Scottish Certificate of Education, 1963
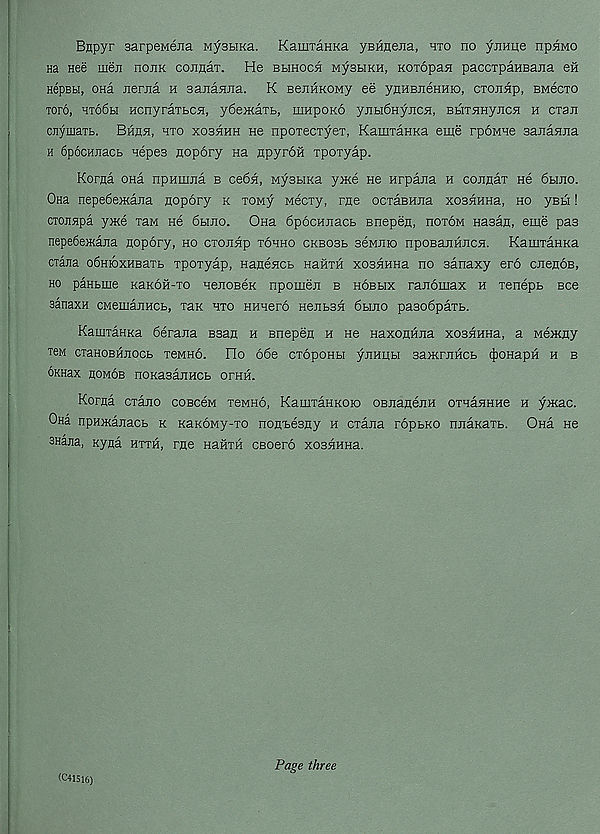
Bnpyr sarpeMena MysbiKa. KamraHKa yBHnejia, hto no yjrane npnMO
Ha nee men hojik connax. He bhhoch wysbiKH, Koxopan paccxpaHBana eft
HepBbi, ona Jierna h sajianna. K BenftKOMy ee ynHBnenmo, cxonftp, BMecxo
tofo, ht66li Hcnyraxbcn, ydemaTb, impoKO ynbidnyncn, BbiTSHyncn h cxan
cjiymaxL. Bftfln, hto xoshhh ne npoxecxyex, KamxaHKa eme rpoMHe Bananna
h fipocHnacb nepes nopory na npyroft xpoxyap.
Korna ona npHmna b ce6ft, Mysbina yme ne nrpajia n cojinax ne 6hjio.
Ona nepe6e>Kajia nopory k xoMy Mecxy, me ocxaBHna xosftHna, ho yBH!
cxonspa y}Ke xaw He 6hjio. Ona 6p6cHnacb snepen, norow Hasan, eme pas
nepe6e>Kana nopory, ho cxonnp tohho ckbosb 36mjiio npoBajiftncn. KamxaHKa
cxana o6HioxHBaTb xpoxyap, Hanencb HaftxH xosftHHa no sanaxy ero cnenoB,
ho paHbme KaKoft-xo HenoseK npomen b hobbix ranomax h xenepb Bee
sanaxH CMemanHCb, xaK hto Hnnero HenbSH 6hjio pa3o6paxb.
KamxaHKa 6erana Bsan h Bnepen h He Haxonftna xosnHHa, a Memny
Ten cxaHOBHUocb xeMHo. Ho 66e cxopoHbi ynnubi sanorjiftcb (J)OHapft h b
oKHax noMOB noKasajiHCb oraft.
Korna cxano coBceM tomho, KamxaHKOio osnanejiH oxnaHKHe h ymac.
Ona npHManacb k KaKowy-xo nonx>esny h cxana ropbKO njiaKaxb. Ona He
SHana, xyna htth, me Haftxft CBoero xosftHHa.
(041516)
Page three